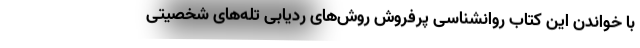
با خواندن این کتاب روانشناسی پرفروش روش‌های ردیابی تله‌های شخصیتی